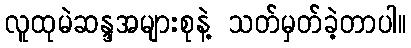
လူထုမဲဆန္ဒအများစုနဲ့ သတ်မှတ်ခဲ့တာပါ။